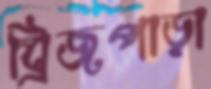
ব্রিজপাড়া